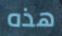
هذه